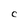
Character: C